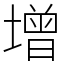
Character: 增